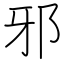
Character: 邪